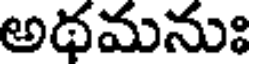
అథమనుః